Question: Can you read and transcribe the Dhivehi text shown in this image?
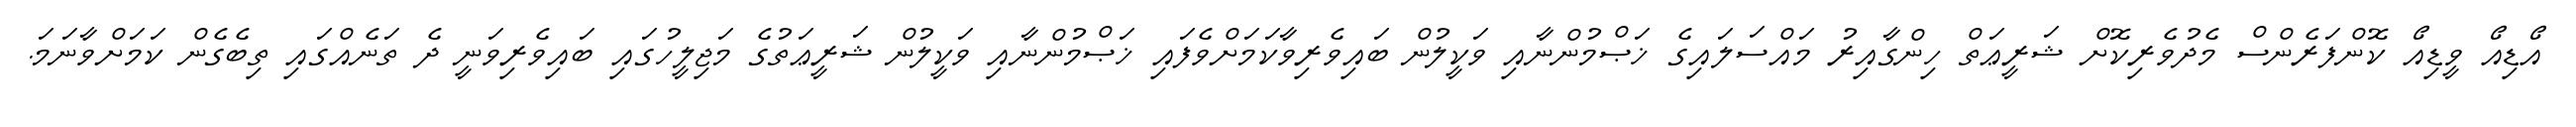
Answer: އޯޑިއޯ ވީޑިއޯ ކޮންފަރެންސް މެދުވެރިކޮށް ޝަރީޢަތް ހިންގާއިރު މައްސަލައިގެ ޚަޞްމުންނާއި ވަކީލުން ބައިވެރިވާކަމަށްވެފައި ޚަޞްމުންނާއި ވަކީލުން ޝަރީޢަތުގެ މަޖިލީހުގައި ބައިވެރިވަނީ ދެ ތަނެއްގައި ތިބެގެން ކަމަށްވާނަމަ.